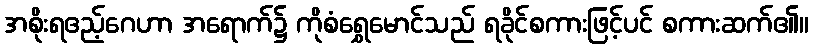
အစိုးရဧည့်ဂေဟာ အရောက်၌ ကိုစံရွှေမောင်သည် ရခိုင်စကားဖြင့်ပင် စကားဆက်၏။